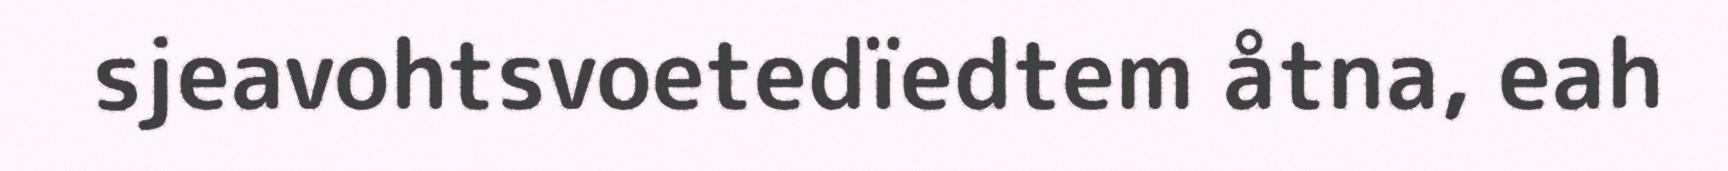
sjeavohtsvoetedïedtem åtna, eah